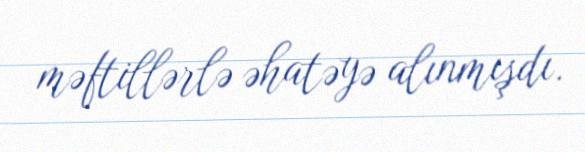
məftillərlə əhatəyə alınmışdı.